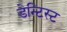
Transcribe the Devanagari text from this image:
डेन्टिस्ट